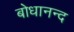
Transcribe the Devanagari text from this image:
बोधानन्द